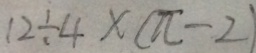
1 2 \div 4 \times ( \pi - 2 )